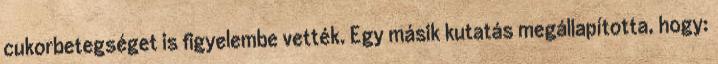
cukorbetegséget is figyelembe vették. Egy másik kutatás megállapította, hogy: